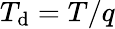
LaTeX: T_{\mathrm{d}}=T/q